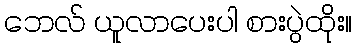
ဘေလ် ယူလာပေးပါ စားပွဲထိုး။